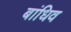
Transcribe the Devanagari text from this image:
बांधिव